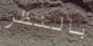
بالنظر